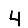
Digit: 4